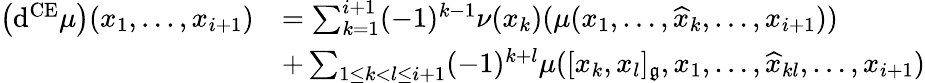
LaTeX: \begin{array}{rl}{\left(\mathrm{d}^{\mathrm{CE}}\mu\right)(x_{1},\ldots,x_{i+1})}&{=\sum_{k=1}^{i+1}(-1)^{k-1}\nu(x_{k})(\mu(x_{1},\ldots,\widehat{x}_{k},\ldots,x_{i+1}))}\\ &{+\sum_{1\leq k<l\leq i+1}(-1)^{k+l}\mu([x_{k},x_{l}]_{\mathfrak{g}},x_{1},\ldots,\widehat{x}_{kl},\ldots,x_{i+1})}\end{array}